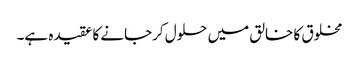
مخلوق کا خالق میں حلول کرجانے کا عقیدہ ہے۔